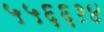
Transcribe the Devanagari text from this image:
५५६६१४